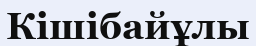
Кішібайұлы